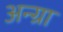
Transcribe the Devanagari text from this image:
अन्ग्रा